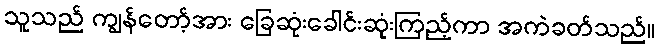
သူသည် ကျွန်တော့်အား ခြေဆုံးခေါင်းဆုံးကြည့်ကာ အကဲခတ်သည်။